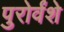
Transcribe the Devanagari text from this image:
पुरोर्वंशे